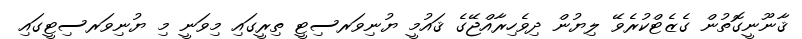
ޤާނޫނީގޮތުން ގެޒެޓްކުރެވޭ ލިޔުން ދިވެހިރާއްޖޭގެ ޤައުމީ ޔުނިވަރސިޓީ ތިރީގައި މިވަނީ މި ޔުނިވަރސިޓީގައި